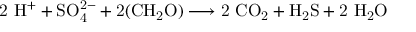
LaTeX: \mathrm { 2 \ H ^ { + } + S O _ { 4 } ^ { 2 - } + 2 ( C H _ { 2 } O ) \longrightarrow 2 \ C O _ { 2 } + H _ { 2 } S + 2 \ H _ { 2 } O }